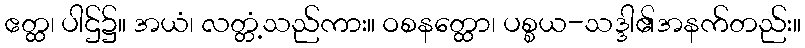
ဧတ္ထ၊ ပါဌ်၌။ အယံ၊ လတ္တံ့သည်ကား။ ဝစနတ္ထော၊ ပစ္စယ-သဒ္ဒါ၏အနက်တည်း။